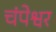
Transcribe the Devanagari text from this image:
चंपेश्वर